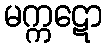
မက္ကဋော